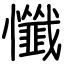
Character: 懺